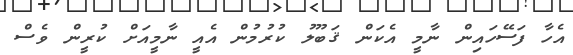
އެހާ ފަސޭހައިން ނާމީ އެކަން ޤަބޫލު ކުރުމުން އެއީ ނާމީއަށް ކުރީން ވެސް